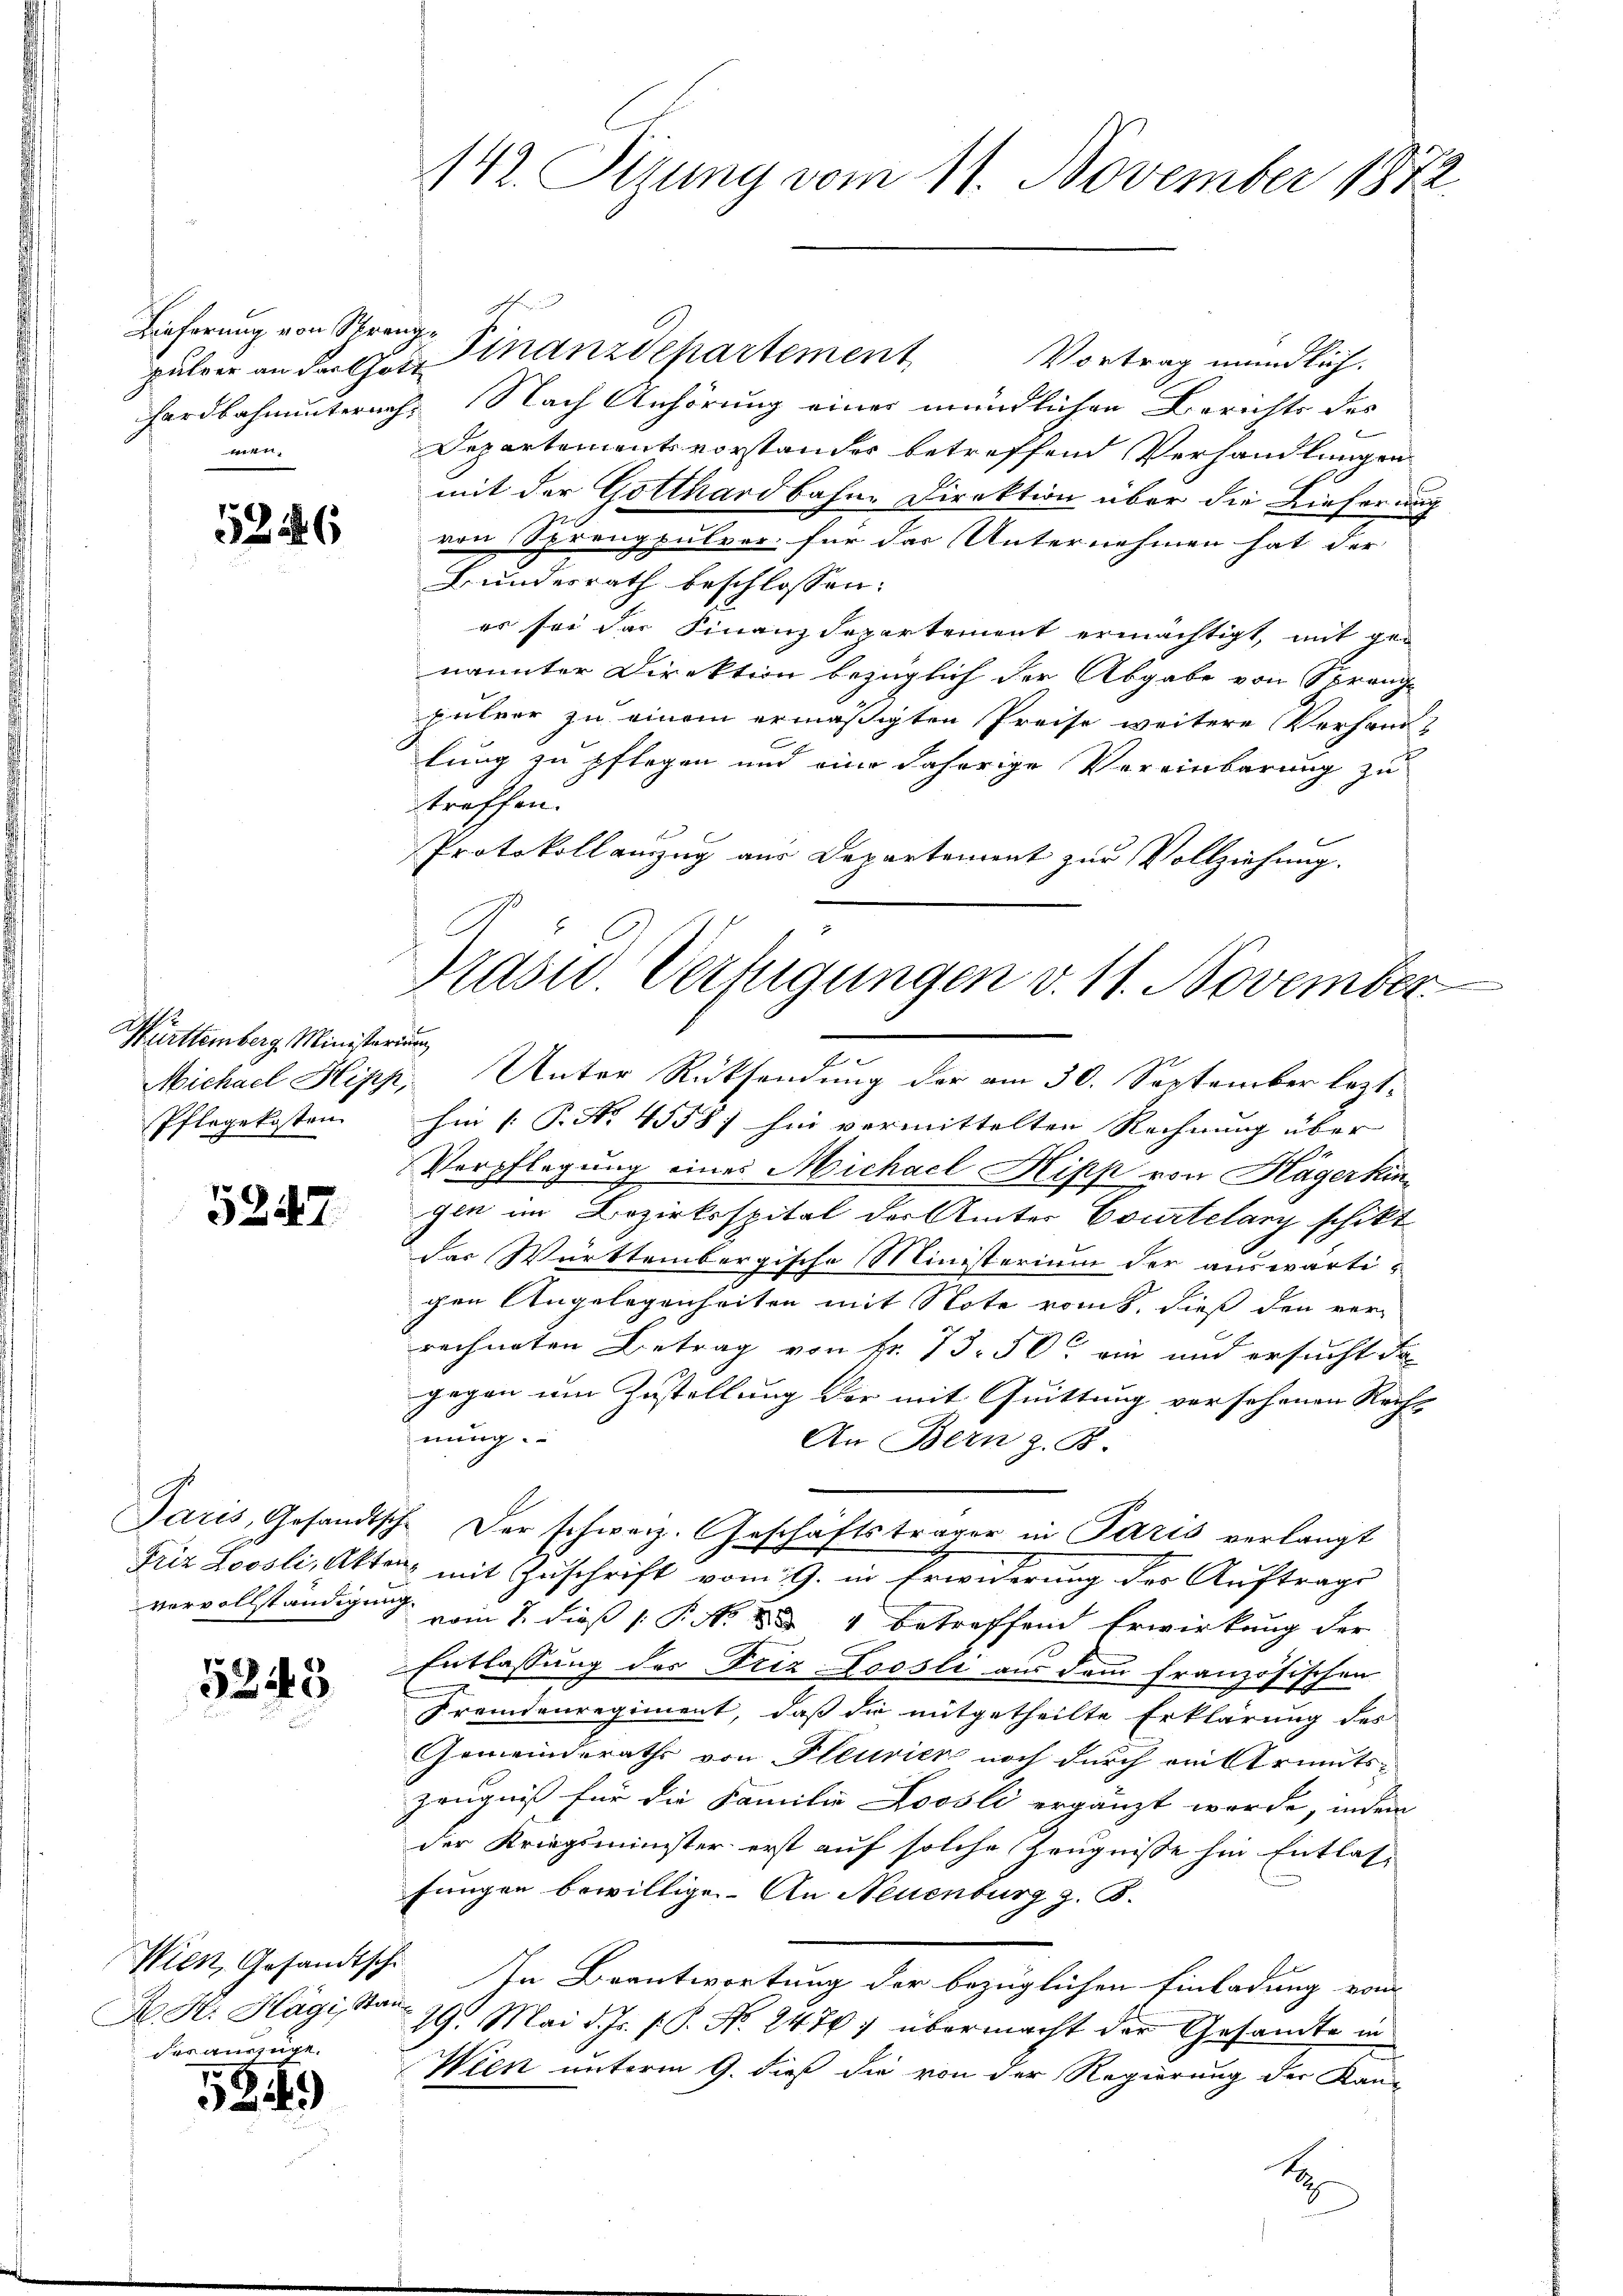
Lieferung von Strange
1

5246

Württemberg Ministerium
Pflegekosten

5247

5245

Wien, Gesandtsch
A. H. Hägi, Stad
der auszüge.

5249

142. Sizung vom 11. November 1872.

Prasse Verfügungen v. 11. November
Michael Hipp, Unter Rücksendung der am 30. September lezt

puler an der Ges. Finanzdepartement
Vortrag mündlich.
hardbahnunternach. Nach Anhörung einer mündlichen Berichts des
b
Departementsvorstander betreffend Verhandlungen
mit der Gotthardbahne Direktion über die Lieferung
von Sprengpulver für das Unternehmen hat der
Bundesrath beschlossen:
es sei der Finanzdepartement ermächtigt, mit genannter Direktion bezüglich der Abgabe von Sprange
pulver zu einem ermäßigten Preise weitere Verhand-
lung zu pflegen und eine daherige Vereinbarung zu
troffen.
Protokoll anzug aus Departement zur Vollziehung.
hin (T. No. 4558) hin vermittelten Rechnung über |
Verpflegung eines Michael Hipp von Hägerkingen im Bezirksspital der Ämter Courtelary schikt
das Württembergische Ministerium der auswärtigen Angelegenheiten mit Note romt, dieß den verrechneten Betrag von Nr. 73. 50 ein und ersucht da
gegen um Zustellung der mit Quittung versehenen Recht
nung.
An Bern z. B.
Paris, Gesandtsch. Der schweiz. Geschäftsträger in Paris verlangt
Friz Loosli, Akten mit Zuschrift vom 19. in Erwiderung der Auftrage
vervollständigung vom 7. dieß (: P. N. 34 betreffend Erwirkung der
Entlassung des Friz Loosli aus dem französischen
Fremdenregiment, daß die mitgetheilte Erklärung des
Gemeinderaths von Pleurier noch durch ein Armuts¬
Zeugniß für die Familie Loosli ergänzt worde, indem
der Kriegsminister erst auf solche Zeugnisse hin Entlas-
fungen bewilligen. An Neuenburg z. B.
2
In Beantwortung der bezüglichen Einladung vom
29. Mai d. Js. s. S. No. 2476) übermacht der Gesandte in
Wien unterm 9. dieß die von der Regierung der Kan-
2